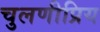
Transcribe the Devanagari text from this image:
चुलणीप्रिय